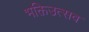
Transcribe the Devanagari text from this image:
भक्तिउत्सव